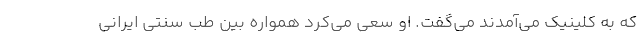
که به کلینیک می‌آمدند می‌گفت. او سعی می‌کرد همواره بین طب سنتی ایرانی